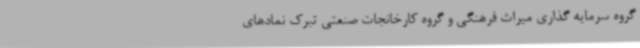
گروه سرمایه گذاری میراث فرهنگی و گروه کارخانجات صنعتی تبرک نمادهای